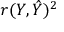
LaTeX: r ( Y , { \hat { Y } } ) ^ { 2 }